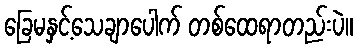
ခြေမနှင့်သေချာပေါက် တစ်ထေရာတည်းပဲ။